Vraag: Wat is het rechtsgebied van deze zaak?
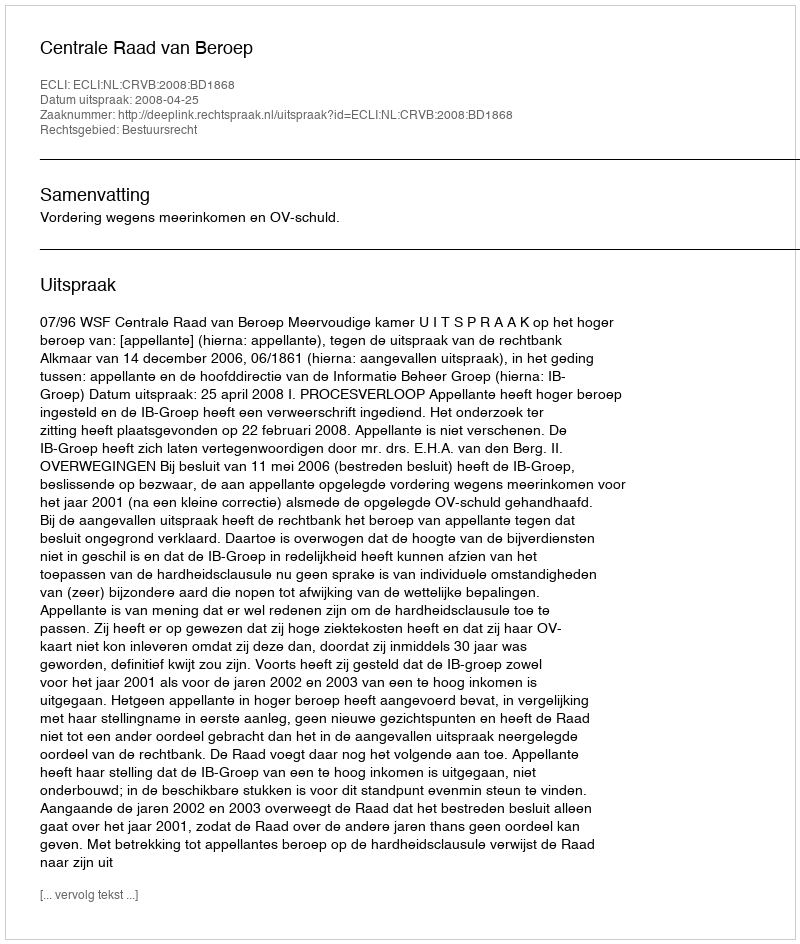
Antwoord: Bestuursrecht